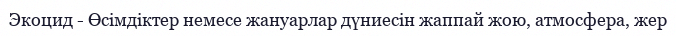
Экоцид - Өсімдіктер немесе жануарлар дүниесін жаппай жою, атмосфера, жер